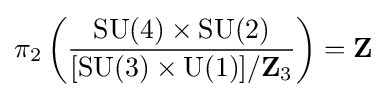
\pi _{2}\left({\frac {\mathrm {SU} (4)\times \mathrm {SU} (2)}{[\mathrm {SU} (3)\times \mathrm {U} (1)]/\mathbf {Z} _{3}}}\right)=\mathbf {Z}